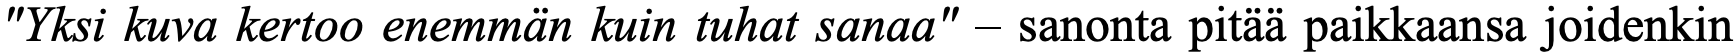
"Yksi kuva kertoo enemmän kuin tuhat sanaa" – sanonta pitää paikkaansa joidenkin